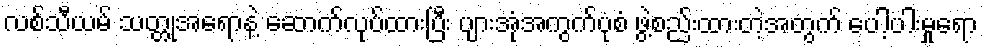
လစ်သီယမ် သတ္တုအရောနဲ့ ဆောက်လုပ်ထားပြီး ပျားအုံအကွက်ပုံစံ ဖွဲ့စည်းထားတဲ့အတွက် ပေါ့ပါးမှုရော